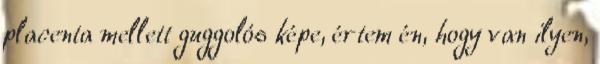
placenta mellett guggolós képe, értem én, hogy van ilyen,